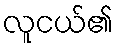
လူငယ်၏